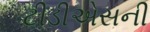
ટીડીએસની